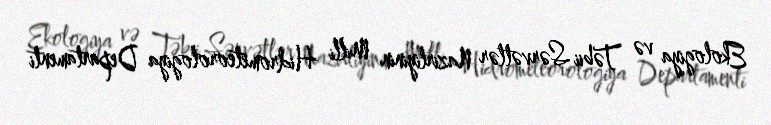
Ekologiya və Təbii Sərvətlər Nazirliyinin Milli Hidrometeorologiya Departamenti